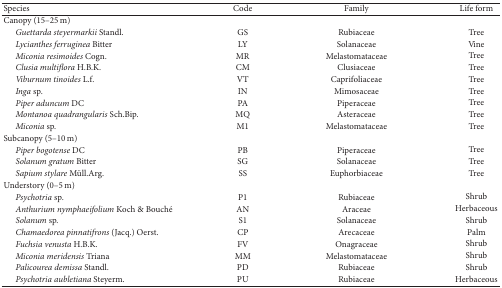
<table><thead><tr><td><b> Species</b></td><td><b>Code</b></td><td><b>Family</b></td><td><b>Life form</b></td></tr></thead><tbody><tr><td>Canopy (15–25 m)</td><td> </td><td> </td><td> </td></tr><tr><td><i>Guettarda steyermarkii</i> Standl.</td><td>GS</td><td>Rubiaceae</td><td>Tree</td></tr><tr><td><i>Lycianthes ferruginea</i> Bitter</td><td>LY</td><td>Solanaceae</td><td>Vine</td></tr><tr><td><i>Miconia resimoides</i> Cogn.</td><td>MR</td><td>Melastomataceae</td><td>Tree</td></tr><tr><td><i>Clusia multiflora</i> H.B.K.</td><td>CM</td><td>Clusiaceae</td><td>Tree</td></tr><tr><td><i>Viburnum tinoides</i> L.f.</td><td>VT</td><td>Caprifoliaceae</td><td>Tree</td></tr><tr><td><i>Inga</i> sp.</td><td>IN</td><td>Mimosaceae</td><td>Tree</td></tr><tr><td><i>Piper aduncum</i> DC</td><td>PA</td><td>Piperaceae</td><td>Tree</td></tr><tr><td><i>Montanoa quadrangularis</i> Sch.Bip.</td><td>MQ</td><td>Asteraceae</td><td>Tree</td></tr><tr><td><i>Miconia</i> sp.</td><td>M1</td><td>Melastomataceae</td><td>Tree</td></tr><tr><td>Subcanopy (5–10 m)</td><td> </td><td> </td><td> </td></tr><tr><td><i>Piper bogotense</i> DC</td><td>PB</td><td>Piperaceae</td><td>Tree</td></tr><tr><td><i>Solanum gratum</i> Bitter</td><td>SG</td><td>Solanaceae</td><td>Tree</td></tr><tr><td><i>Sapium stylare</i> Müll.Arg.</td><td>SS</td><td>Euphorbiaceae</td><td>Tree</td></tr><tr><td>Understory (0–5 m)</td><td> </td><td> </td><td> </td></tr><tr><td><i>Psychotria</i> sp.</td><td>P1</td><td>Rubiaceae</td><td>Shrub</td></tr><tr><td><i>Anthurium nymphaeifolium</i> Koch &amp; Bouché</td><td>AN</td><td>Araceae</td><td>Herbaceous</td></tr><tr><td><i>Solanum</i> sp.</td><td>S1</td><td>Solanaceae</td><td>Shrub</td></tr><tr><td><i>Chamaedorea pinnatifrons</i> (Jacq.) Oerst.</td><td>CP</td><td>Arecaceae</td><td>Palm</td></tr><tr><td><i>Fuchsia venusta</i> H.B.K.</td><td>FV</td><td>Onagraceae</td><td>Shrub</td></tr><tr><td><i>Miconia meridensis</i> Triana</td><td>MM</td><td>Melastomataceae</td><td>Shrub</td></tr><tr><td><i>Palicourea demissa</i> Standl.</td><td>PD</td><td>Rubiaceae</td><td>Shrub</td></tr><tr><td><i>Psychotria aubletiana</i> Steyerm.</td><td>PU</td><td>Rubiaceae</td><td>Herbaceous</td></tr></tbody></table>